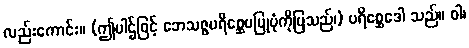
လည်းကောင်း။ (ဤပါဌ်ဖြင့် ဘေသဇ္ဇပရိစ္ဆေပပြုပုံကိုပြသည်၊) ပရိစ္ဆေဒေါ သည်။ ဝါ၊